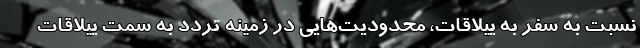
نسبت به سفر به ییلاقات، محدودیت‌هایی در زمینه تردد به سمت ییلاقات